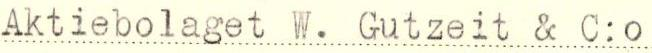
Aktiebolaget W. Gutzeit & C:o